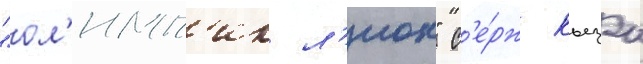
"ол'имп'ик л'ион" с'е́рж кьеза